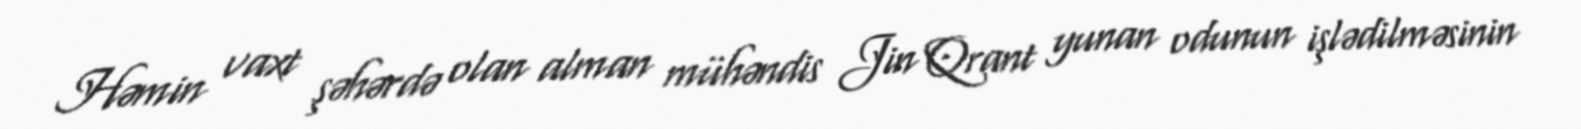
Həmin vaxt şəhərdə olan alman mühəndis Jin Qrant yunan odunun işlədilməsinin